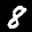
Label: 8